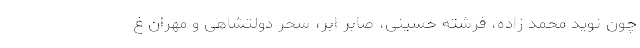
چون نوید محمد زاده، فرشته حسینی، صابر ابر، سحر دولتشاهی و مهران غ